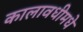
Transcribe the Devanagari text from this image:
कालावधीमधे